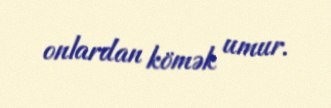
onlardan kömək umur.